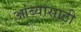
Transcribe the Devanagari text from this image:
आंब्यासाठी